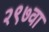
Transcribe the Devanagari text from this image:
२९७वा